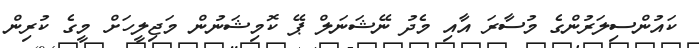
ކައުންސިލަރުންގެ މުސާރަ އާއި މެދު ނޭޝަނަލް ޕޭ ކޮމިޝަނުން މަޖިލީހަށް މީގެ ކުރިން